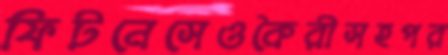
ফিটনেসেওকৈরীসহপর